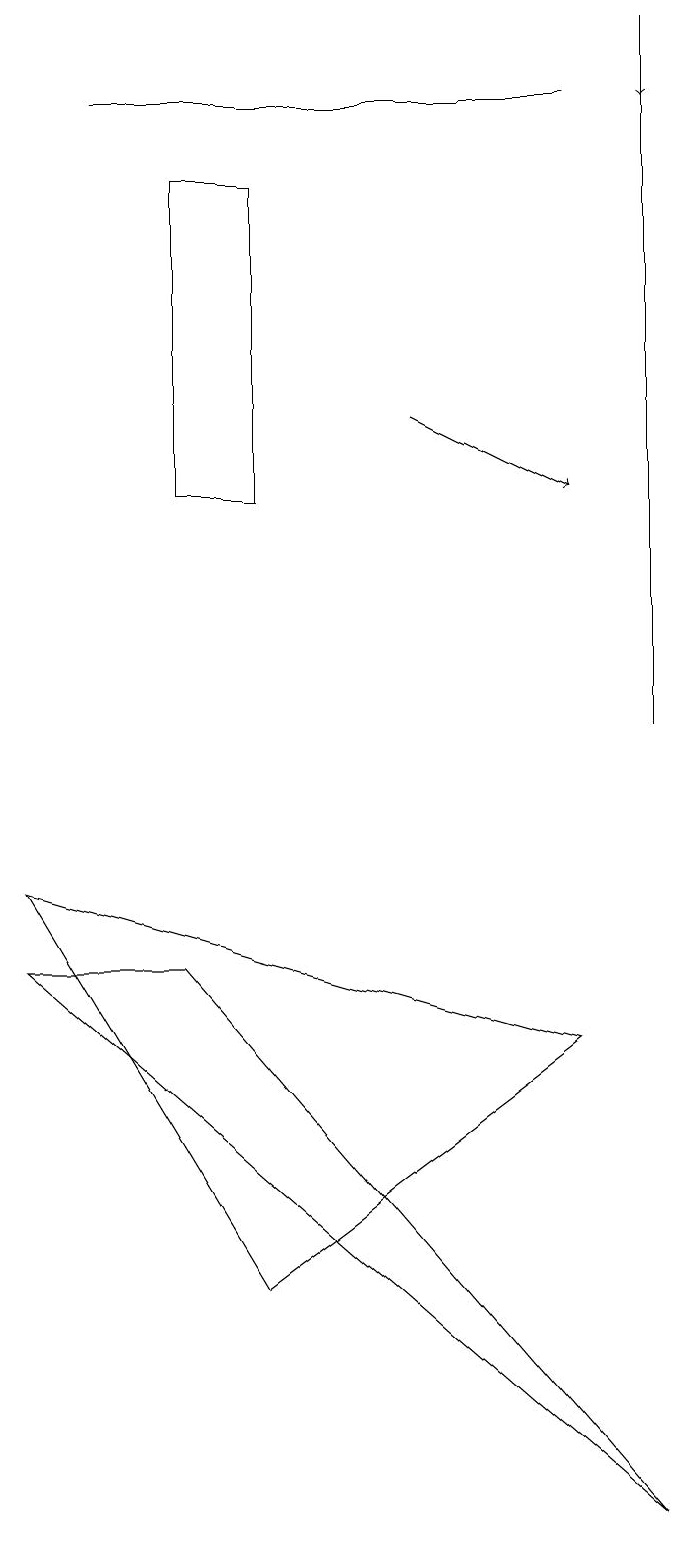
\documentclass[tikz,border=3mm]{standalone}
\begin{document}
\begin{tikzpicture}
\draw[->] (9,19) -- (9,18);
\draw (9,0) -- (1,7) -- (3,7) -- cycle;
\draw (3,13) rectangle (4,17);
\draw (8,6) -- (4,3) -- (1,8) -- cycle;
\draw[->] (6,14) -- (8,13);
\draw (2,18) rectangle (8,18);
\draw (9,10) rectangle (9,19);
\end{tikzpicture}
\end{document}